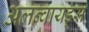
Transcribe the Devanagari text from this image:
अलन्वायड्स